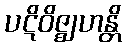
ပဋိဝိဇ္ဈဟန္တိ